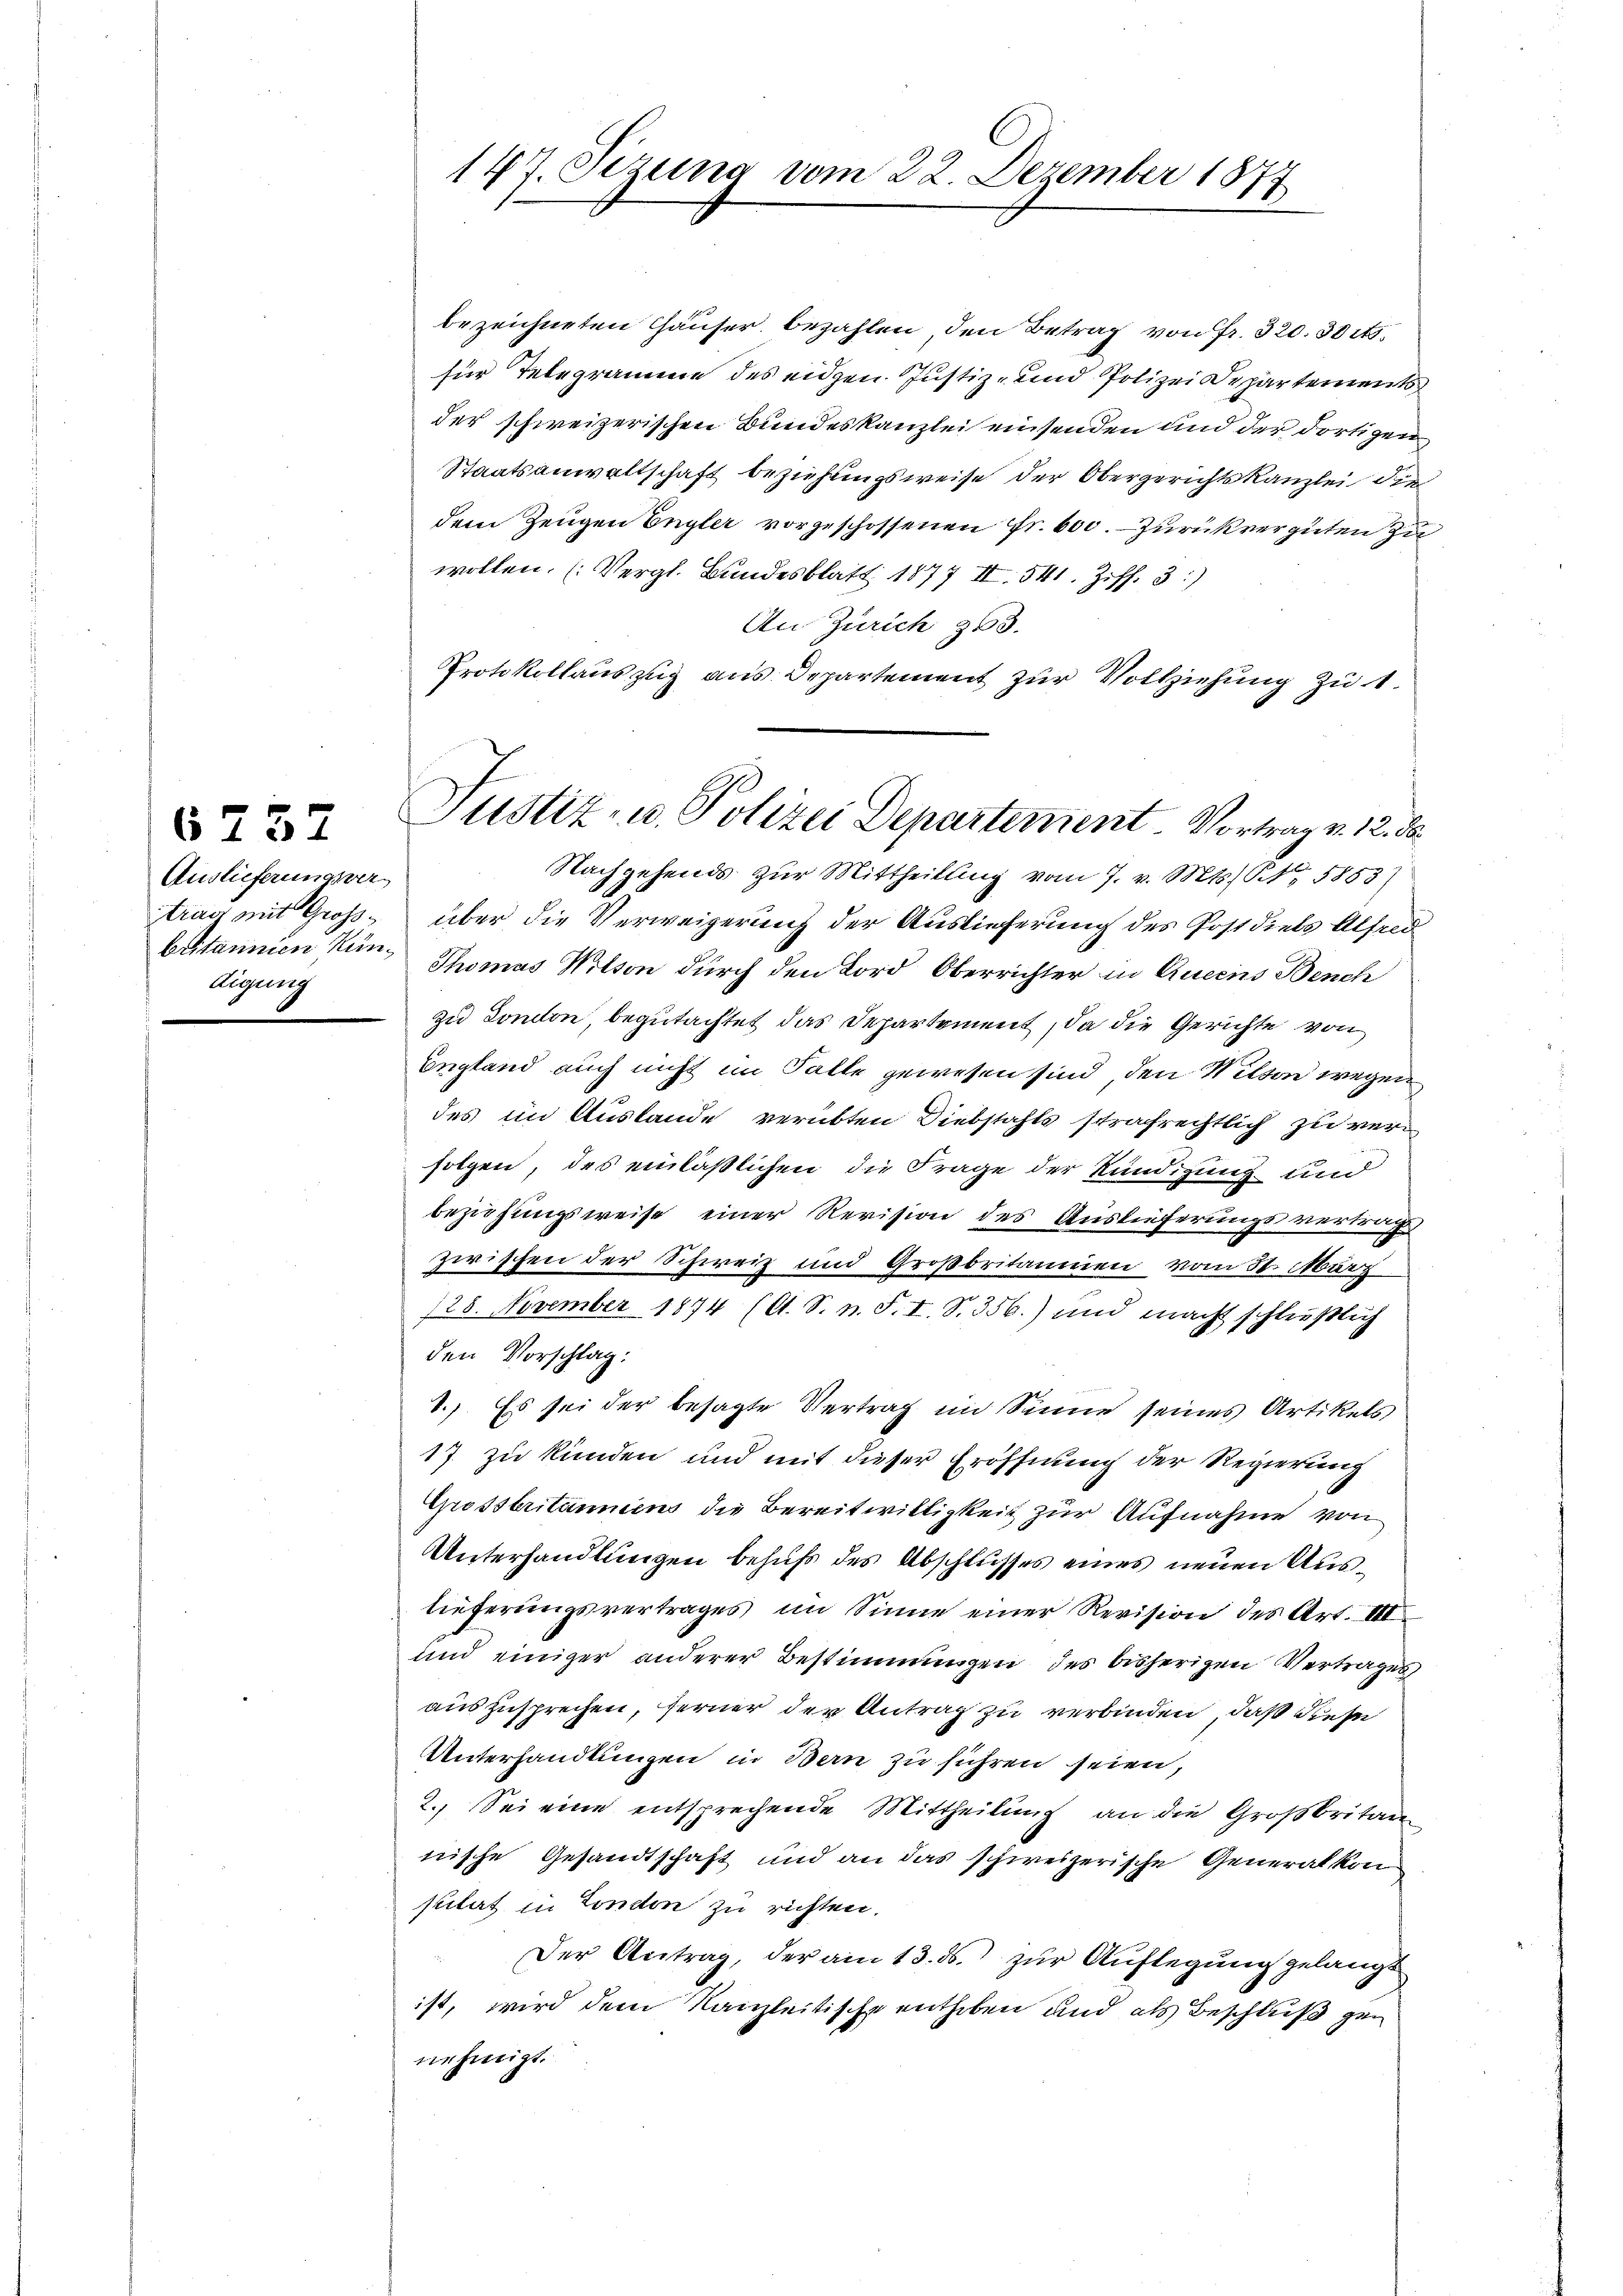
6752
Auslieferungsvertrag mit Großbritannien Kündigung

bezeichneten Häuser bezahlen, den Betrag von Fr. 320. 30 cts.
für Telegramme des eidgen Justiz- und Polizei Departements
der schweizerischen Bundeskanzlei einsenden und der dortigen
Staatsanwaltschaft beziehungsweise der Obergerichtskanzlei die
dem Zeugen Engler vorgeschossenen Fr. 600. - Zurückverguten zu
wollen. (Vergl. Bundesblatt 1877 II 541. Ziff. 3:
An Zürich 363.
Protokollauszug aus Departement zur Vollziehung zu 1.
Nachgehends zur Mittheilung vom 7. v. Mts. S. 5853)
über die Verweigerung der Auslieferung des Postdiels Alfred
Thomas Wilson durch den Bord Oberrichter in Queens Bench
zu London, begutachtet das Departement, da die Gerichte von
Begland auch nicht im Falle gewesen sind, den Mitten wegen
des im Auslande verübten Diebstahls strafrechtlich zu verfolgen, des einläßlichen die Frage der Kündigung und
beziehungsweise einer Revision des Auslieferungsvertrags
zwischen der Schweiz und Großbritannien vom 31. März
128. November 1874 (A. S. n. F. I. S. 356.) und macht schließlich
den Vorschlag:
S.). Es sei der besagte Vertrag im Sinne seines Artikels
17 zu kunden und mit dieser Eröffnung der Regierung
Grossbritanniens die Bereitwilligkeit zur Aufnahme von
Unterhandlungen behufs des Abschlusses eines neuen Auslieferungsvertrages im Sinne einer Revision des Art. III
und einiger anderer Bestimmungen des bisherigen Vertrages
auszusprechen, ferner der Antrag zu verbinden, daß diese
Unterhandlungen in Bern zu führen seien,
2. Sei eine entsprechende Mittheilung an die Großbritan
nische Gesandtschaft und an das schweizerische Generalkon
sulat in Condon zu richten.
Der Antrag, der am 13. ds. zur Auflegung gelangt
ist, wird dem Kanzleitische entheben und als Beschluß genehmigt.

147. Sizung vom 22. Dezember 1877

Justiz- u. Polizei Departement Vortrag v. 12. d.